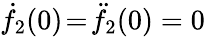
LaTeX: \dot{f}_{2}(0)\! =\! \ddot{f}_{2}(0)=0